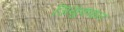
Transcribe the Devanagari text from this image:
जियुक्वान